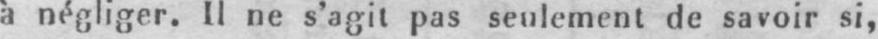
à négliger. Il ne s’agit pas seulement de savoir si,